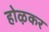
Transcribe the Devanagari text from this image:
होऴकर